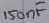
Text: 150nF